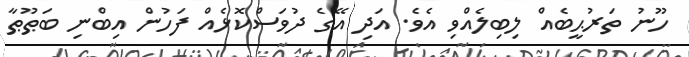
ހޫނު ތަރުޙީބެއް ލިބިލެއްވި އެވެ. އަދި އޭގެ ދުވަސްކޮޅެއް ފަހުން އިބްނި ބަޠޫޠާ